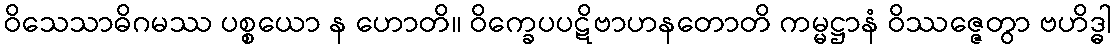
ဝိသေသာဓိဂမဿ ပစ္စယော န ဟောတိ။ ဝိက္ခေပပဋိဗာဟနတောတိ ကမ္မဋ္ဌာနံ ဝိဿဇ္ဇေတွာ ဗဟိဒ္ဓါ